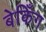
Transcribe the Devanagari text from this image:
बेकिँग